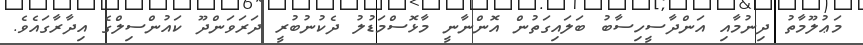
މަޢުލޫމާތު ދިނުމާއި އަންދާސީހިސާބު ބަލައިގަތުން އޮންނާނީ މާޅޮސްމަޑުލު ދެކުނުބުރީ ދަރަވަންދޫ ކައުންސިލްގެ އިދާރާގައެވެ.